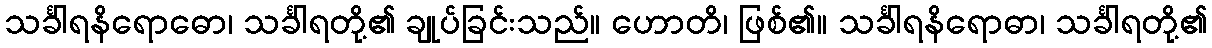
သင်္ခါရနိရောဓော၊ သင်္ခါရတို့၏ ချုပ်ခြင်းသည်။ ဟောတိ၊ ဖြစ်၏။ သင်္ခါရနိရောဓာ၊ သင်္ခါရတို့၏